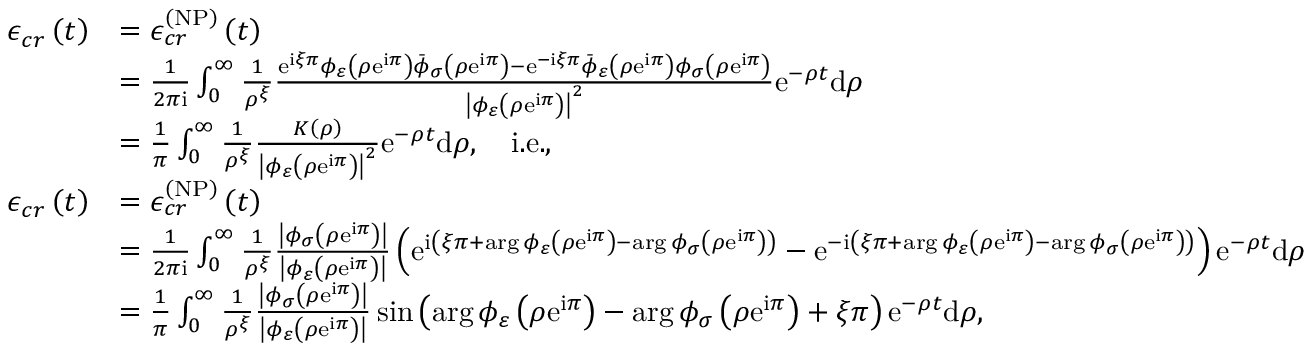
\begin{array} { r l } { \mathcal { \epsilon } _ { c r } \left( t \right) } & { = \mathcal { \epsilon } _ { c r } ^ { \left( \mathrm { N P } \right) } \left( t \right) } \\ & { = \frac { 1 } { 2 \pi \mathrm { i } } \int _ { 0 } ^ { \infty } \frac { 1 } { \rho ^ { \xi } } \frac { \mathrm { e } ^ { \mathrm { i } \xi \pi } \phi _ { \varepsilon } \left( \rho \mathrm { e } ^ { \mathrm { i } \pi } \right) \bar { \phi } _ { \sigma } \left( \rho \mathrm { e } ^ { \mathrm { i } \pi } \right) - \mathrm { e } ^ { - \mathrm { i } \xi \pi } \bar { \phi } _ { \varepsilon } \left( \rho \mathrm { e } ^ { \mathrm { i } \pi } \right) \phi _ { \sigma } \left( \rho \mathrm { e } ^ { \mathrm { i } \pi } \right) } { \left\vert \phi _ { \varepsilon } \left( \rho \mathrm { e } ^ { \mathrm { i } \pi } \right) \right\vert ^ { 2 } } \mathrm { e } ^ { - \rho t } \mathrm { d } \rho } \\ & { = \frac { 1 } { \pi } \int _ { 0 } ^ { \infty } \frac { 1 } { \rho ^ { \xi } } \frac { K \left( \rho \right) } { \left\vert \phi _ { \varepsilon } \left( \rho \mathrm { e } ^ { \mathrm { i } \pi } \right) \right\vert ^ { 2 } } \mathrm { e } ^ { - \rho t } \mathrm { d } \rho , \quad \mathrm { i . e . , } } \\ { \mathcal { \epsilon } _ { c r } \left( t \right) } & { = \mathcal { \epsilon } _ { c r } ^ { \left( \mathrm { N P } \right) } \left( t \right) } \\ & { = \frac { 1 } { 2 \pi \mathrm { i } } \int _ { 0 } ^ { \infty } \frac { 1 } { \rho ^ { \xi } } \frac { \left\vert \phi _ { \sigma } \left( \rho \mathrm { e } ^ { \mathrm { i } \pi } \right) \right\vert } { \left\vert \phi _ { \varepsilon } \left( \rho \mathrm { e } ^ { \mathrm { i } \pi } \right) \right\vert } \left( \mathrm { e } ^ { \mathrm { i } \left( \xi \pi + \arg \phi _ { \varepsilon } \left( \rho \mathrm { e } ^ { \mathrm { i } \pi } \right) - \arg \phi _ { \sigma } \left( \rho \mathrm { e } ^ { \mathrm { i } \pi } \right) \right) } - \mathrm { e } ^ { - \mathrm { i } \left( \xi \pi + \arg \phi _ { \varepsilon } \left( \rho \mathrm { e } ^ { \mathrm { i } \pi } \right) - \arg \phi _ { \sigma } \left( \rho \mathrm { e } ^ { \mathrm { i } \pi } \right) \right) } \right) \mathrm { e } ^ { - \rho t } \mathrm { d } \rho } \\ & { = \frac { 1 } { \pi } \int _ { 0 } ^ { \infty } \frac { 1 } { \rho ^ { \xi } } \frac { \left\vert \phi _ { \sigma } \left( \rho \mathrm { e } ^ { \mathrm { i } \pi } \right) \right\vert } { \left\vert \phi _ { \varepsilon } \left( \rho \mathrm { e } ^ { \mathrm { i } \pi } \right) \right\vert } \sin \left( \arg \phi _ { \varepsilon } \left( \rho \mathrm { e } ^ { \mathrm { i } \pi } \right) - \arg \phi _ { \sigma } \left( \rho \mathrm { e } ^ { \mathrm { i } \pi } \right) + \xi \pi \right) \mathrm { e } ^ { - \rho t } \mathrm { d } \rho , } \end{array}